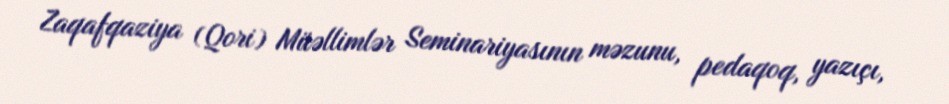
Zaqafqaziya (Qori) Müəllimlər Seminariyasının məzunu, pedaqoq, yazıçı,